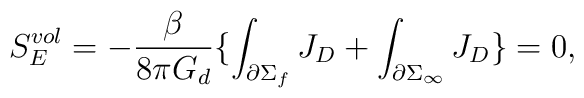
S_{E}^{vol} = - \frac{\beta}{8 \pi G_{d}} \lbrace\int_{\partial\Sigma_{f}} J_{D} + \int_{\partial\Sigma_{\infty}} J_{D}\rbrace = 0,